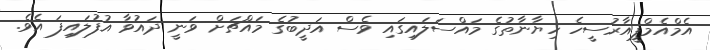
އެމްއެމްޕީއާރުސީހެ ހިޔާނާތުގެ މައްސަލައިގައި ވެސް އަދީބުގެ މައްޗަށް ވަނީ ދައުވާ އުފުލައިފަ އެވެ.